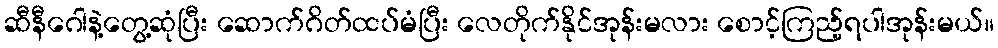
ဆီနီဂေါနဲ့တွေ့ဆုံပြီး ဆောက်ဂိတ်ထပ်မံပြီး လေတိုက်နိုင်အုန်းမလား စောင့်ကြည့်ရပါအုန်းမယ်။